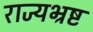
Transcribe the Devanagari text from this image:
राज्यभ्रष्ट